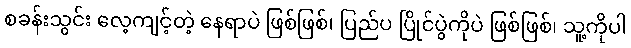
စခန်းသွင်း လေ့ကျင့်တဲ့ နေရာပဲ ဖြစ်ဖြစ်၊ ပြည်ပ ပြိုင်ပွဲကိုပဲ ဖြစ်ဖြစ်၊ သူ့ကိုပါ